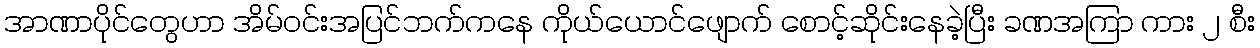
အာဏာပိုင်တွေဟာ အိမ်ဝင်းအပြင်ဘက်ကနေ ကိုယ်ယောင်ဖျောက် စောင့်ဆိုင်းနေခဲ့ပြီး ခဏအကြာ ကား ၂ စီး